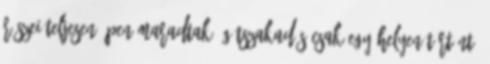
részei teljesen épen maradtak, gátszakadás csak egy helyen történt: